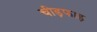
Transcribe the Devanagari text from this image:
चीड़फाड़